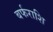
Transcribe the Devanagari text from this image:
बर्फराशि